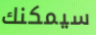
سيمكنك